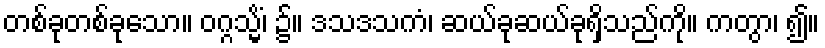
တစ်ခုတစ်ခုသော။ ဝဂ္ဂသ္မိံ၊ ၌။ ဒသဒသကံ၊ ဆယ်ခုဆယ်ခုရှိသည်ကို။ ကတွာ၊ ၍။